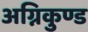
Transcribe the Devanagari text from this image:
अग्निकुण्ड